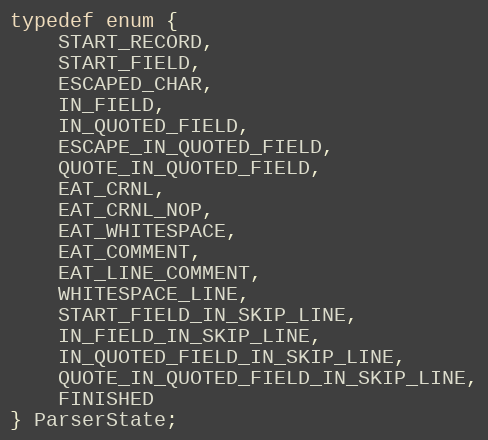
Language: C
typedef enum {
    START_RECORD,
    START_FIELD,
    ESCAPED_CHAR,
    IN_FIELD,
    IN_QUOTED_FIELD,
    ESCAPE_IN_QUOTED_FIELD,
    QUOTE_IN_QUOTED_FIELD,
    EAT_CRNL,
    EAT_CRNL_NOP,
    EAT_WHITESPACE,
    EAT_COMMENT,
    EAT_LINE_COMMENT,
    WHITESPACE_LINE,
    START_FIELD_IN_SKIP_LINE,
    IN_FIELD_IN_SKIP_LINE,
    IN_QUOTED_FIELD_IN_SKIP_LINE,
    QUOTE_IN_QUOTED_FIELD_IN_SKIP_LINE,
    FINISHED
} ParserState;